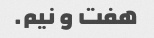
هفت و نیم.